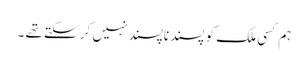
ہم کسی ملک کو پسندناپسند نہیں کر سکتے تھے ۔